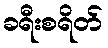
ခရီးစရိတ်